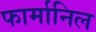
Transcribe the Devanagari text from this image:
फार्मानिल